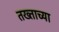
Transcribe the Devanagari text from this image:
तख्ताच्या